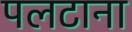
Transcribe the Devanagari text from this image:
पलटाना